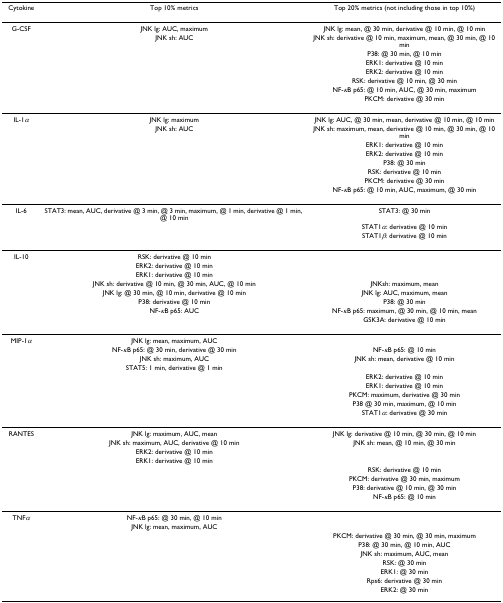
<table><thead><tr><td><b>Cytokine</b></td><td><b>Top 10% metrics</b></td><td><b>Top 20% metrics (not including those in top 10%)</b></td></tr></thead><tbody><tr><td>G-CSF</td><td>JNK lg: AUC, maximum</td><td>JNK lg: mean, @ 30 min, derivative @ 10 min, @ 10 min</td></tr><tr><td></td><td>JNK sh: AUC</td><td>JNK sh: derivative @ 10 min, maximum, mean, @ 30 min, @ 10 min</td></tr><tr><td></td><td></td><td>P38: @ 30 min, @ 10 min</td></tr><tr><td></td><td></td><td>ERK1: derivative @ 10 min</td></tr><tr><td></td><td></td><td>ERK2: derivative @ 10 min</td></tr><tr><td></td><td></td><td>RSK: derivative @ 10 min, @ 30 min</td></tr><tr><td></td><td></td><td>NF-<i>κ</i>B p65: @ 10 min, AUC, @ 30 min, maximum</td></tr><tr><td></td><td></td><td>PKCM: derivative @ 30 min</td></tr><tr><td>IL-1<i>α</i></td><td>JNK lg: maximum</td><td>JNK lg: AUC, @ 30 min, mean, derivative @ 10 min, @ 10 min</td></tr><tr><td></td><td>JNK sh: AUC</td><td>JNK sh: maximum, mean, derivative @ 10 min, @ 30 min, @ 10 min</td></tr><tr><td></td><td></td><td>ERK1: derivative @ 10 min</td></tr><tr><td></td><td></td><td>ERK2: derivative @ 10 min</td></tr><tr><td></td><td></td><td>P38: @ 30 min</td></tr><tr><td></td><td></td><td>RSK: derivative @ 10 min</td></tr><tr><td></td><td></td><td>PKCM: derivative @ 30 min</td></tr><tr><td></td><td></td><td>NF-<i>κ</i>B p65: @ 10 min, AUC, maximum, @ 30 min</td></tr><tr><td>IL-6</td><td>STAT3: mean, AUC, derivative @ 3 min, @ 3 min, maximum, @ 1 min, derivative @ 1 min, @ 10 min</td><td>STAT3: @ 30 min</td></tr><tr><td></td><td></td><td>STAT1<i>α</i>: derivative @ 10 min</td></tr><tr><td></td><td></td><td>STAT1<i>β</i>: derivative @ 10 min</td></tr><tr><td>IL-10</td><td>RSK: derivative @ 10 min</td><td></td></tr><tr><td></td><td>ERK2: derivative @ 10 min</td><td></td></tr><tr><td></td><td>ERK1: derivative @ 10 min</td><td></td></tr><tr><td></td><td>JNK sh: derivative @ 10 min, @ 30 min, AUC, @ 10 min</td><td>JNKsh: maximum, mean</td></tr><tr><td></td><td>JNK lg: @ 30 min, @ 10 min, derivative @ 10 min</td><td>JNK lg: AUC, maximum, mean</td></tr><tr><td></td><td>P38: derivative @ 10 min</td><td>P38: @ 30 min</td></tr><tr><td></td><td>NF-<i>κ</i>B p65: AUC</td><td>NF-<i>κ</i>B p65: maximum, @ 30 min, @ 10 min, mean</td></tr><tr><td></td><td></td><td>GSK3A: derivative @ 10 min</td></tr><tr><td>MIP-1<i>α</i></td><td>JNK lg: mean, maximum, AUC</td><td></td></tr><tr><td></td><td>NF-<i>κ</i>B p65: @ 30 min, derivative @ 30 min</td><td>NF-<i>κ</i>B p65: @ 10 min</td></tr><tr><td></td><td>JNK sh: maximum, AUC</td><td>JNK sh: mean, derivative @ 10 min</td></tr><tr><td></td><td>STAT5: 1 min, derivative @ 1 min</td><td></td></tr><tr><td></td><td></td><td>ERK2: derivative @ 10 min</td></tr><tr><td></td><td></td><td>ERK1: derivative @ 10 min</td></tr><tr><td></td><td></td><td>PKCM: maximum, derivative @ 30 min</td></tr><tr><td></td><td></td><td>P38 @ 30 min, maximum, @ 10 min</td></tr><tr><td></td><td></td><td>STAT1<i>α</i>: derivative @ 30 min</td></tr><tr><td>RANTES</td><td>JNK lg: maximum, AUC, mean</td><td>JNK lg: derivative @ 10 min, @ 30 min, @ 10 min</td></tr><tr><td></td><td>JNK sh: maximum, AUC, derivative @ 10 min</td><td>JNK sh: mean, @ 10 min, @ 30 min</td></tr><tr><td></td><td>ERK2: derivative @ 10 min</td><td></td></tr><tr><td></td><td>ERK1: derivative @ 10 min</td><td></td></tr><tr><td></td><td></td><td>RSK: derivative @ 10 min</td></tr><tr><td></td><td></td><td>PKCM: derivative @ 30 min, maximum</td></tr><tr><td></td><td></td><td>P38: derivative @ 10 min, @ 30 min</td></tr><tr><td></td><td></td><td>NF-<i>κ</i>B p65: @ 10 min</td></tr><tr><td>TNF<i>α</i></td><td>NF-<i>κ</i>B p65: @ 30 min, @ 10 min</td><td></td></tr><tr><td></td><td>JNK lg: mean, maximum, AUC</td><td></td></tr><tr><td></td><td></td><td>PKCM: derivative @ 30 min, @ 30 min, maximum</td></tr><tr><td></td><td></td><td>P38: @ 30 min, @ 10 min, AUC</td></tr><tr><td></td><td></td><td>JNK sh: maximum, AUC, mean</td></tr><tr><td></td><td></td><td>RSK: @ 30 min</td></tr><tr><td></td><td></td><td>ERK1: @ 30 min</td></tr><tr><td></td><td></td><td>Rps6: derivative @ 30 min</td></tr><tr><td></td><td></td><td>ERK2: @ 30 min</td></tr></tbody></table>